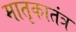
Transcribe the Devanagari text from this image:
मातृकातंत्र